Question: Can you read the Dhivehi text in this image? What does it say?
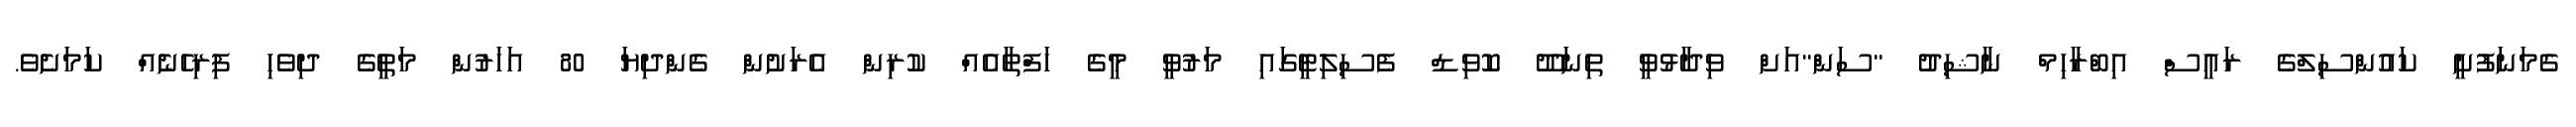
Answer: ގެމަނަފުށީ ކައުންސިލްގެ ރައީސް އިބްރާހިމް ނާޝިދު "ސަން"އަށް ވިދާޅުވީ ތިނަދޫ ކޮވިޑް ފެސިލިޓީގައި މަރުވީ މީގެ ހަފްތާއެއް ކުރިން އެރަށުން ގެންދިޔަ 80 އަހަރުން މަތީގެ ދިވެހި ފިރިހެނެއް ކަމަށެވެ.